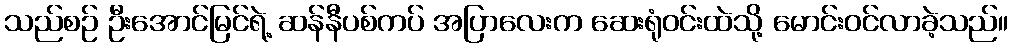
သည်စဉ် ဦးအောင်မြင်ရဲ့ ဆန်နီပစ်ကပ် အပြာလေးက ဆေးရုံဝင်းထဲသို့ မောင်းဝင်လာခဲ့သည်။